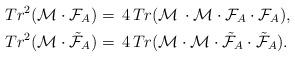
LaTeX: \begin{align*}& Tr^2(\mathcal{M}\cdot {\mathcal{F}}_A)=\,4\,Tr(\mathcal{M}\,\cdot \mathcal{M}\cdot {\mathcal{F}}_A\cdot {\mathcal{F}}_A),\\& Tr^2(\mathcal{M}\cdot \tilde{\mathcal{F}}_A)=\,4\,Tr(\mathcal{M}\cdot \mathcal{M}\cdot\tilde{\mathcal{F}}_A\cdot \tilde{\mathcal{F}}_A).\end{align*}